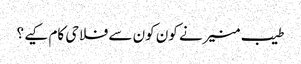
طیب منیرنے کون کون سے فلاحی کام کیے ؟